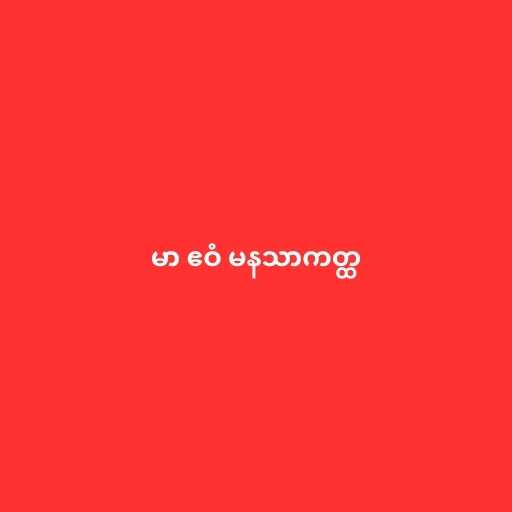
မာ ဧဝံ မနသာကတ္ထ